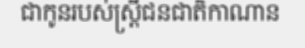
ជាកូនរបស់ស្ត្រីជនជាតិកាណាន